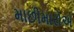
માછીમારોએ